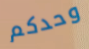
وحدكم